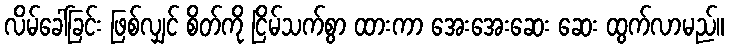
လိမ်ခေါ်ခြင်း ဖြစ်လျှင် စိတ်ကို ငြိမ်သက်စွာ ထားကာ အေးအေးဆေး ဆေး ထွက်လာမည်။